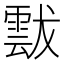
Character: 𩃶